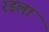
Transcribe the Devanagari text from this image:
रडला